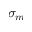
\sigma _ { m }